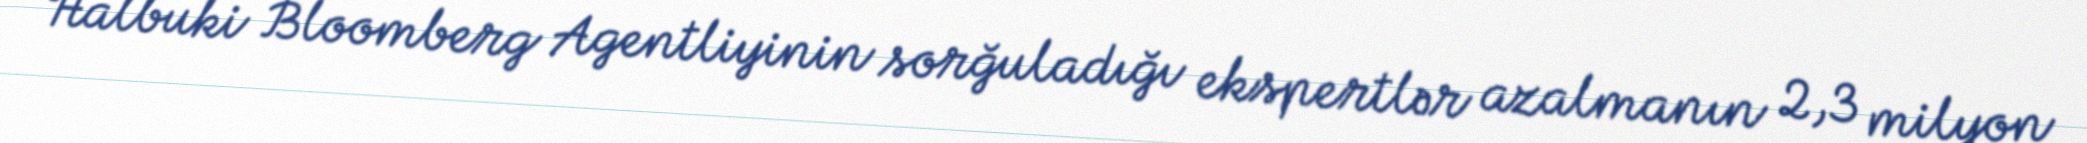
Halbuki Bloomberg Agentliyinin sorğuladığı ekspertlər azalmanın 2,3 milyon